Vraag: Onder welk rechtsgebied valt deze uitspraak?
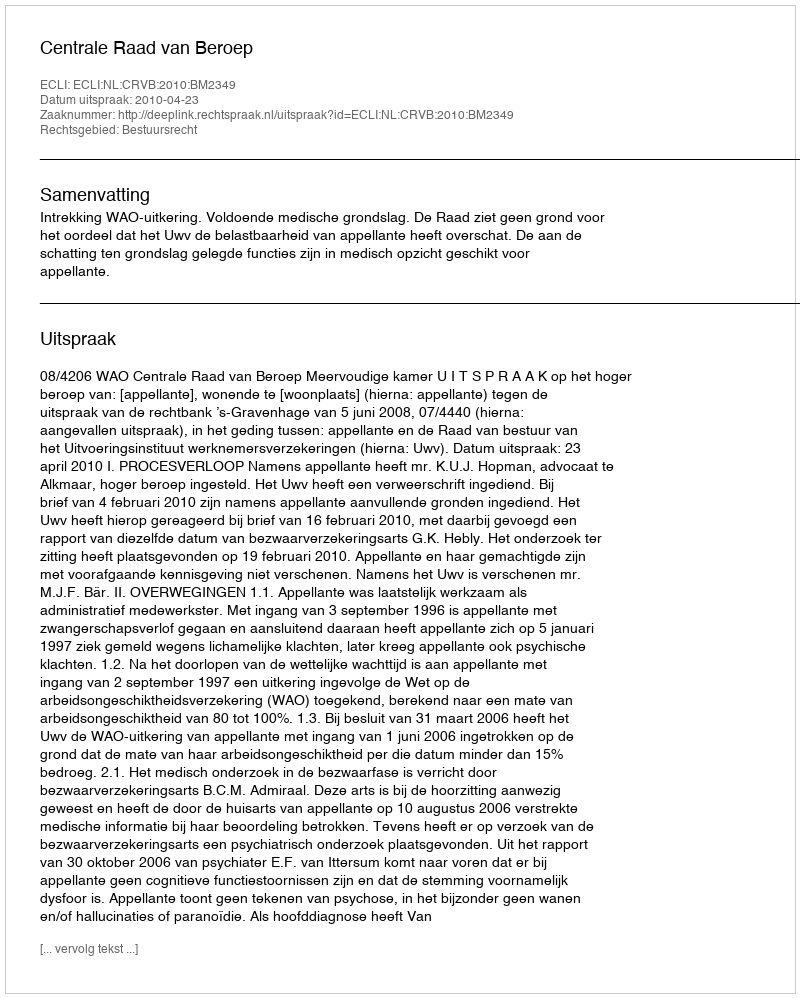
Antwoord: Bestuursrecht